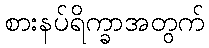
စားနပ်ရိက္ခာအတွက်